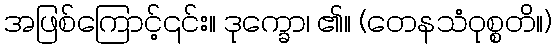
အဖြစ်ကြောင့်၎င်း။ ဒုက္ခော၊ ၏။ (တေနသံဝုစ္စတိ။)